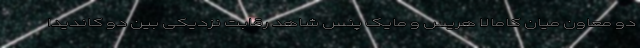
دو معاون میان کامالا هریس و مایک پنس شاهد رقابت نزدیکی بین دو کاندیدا